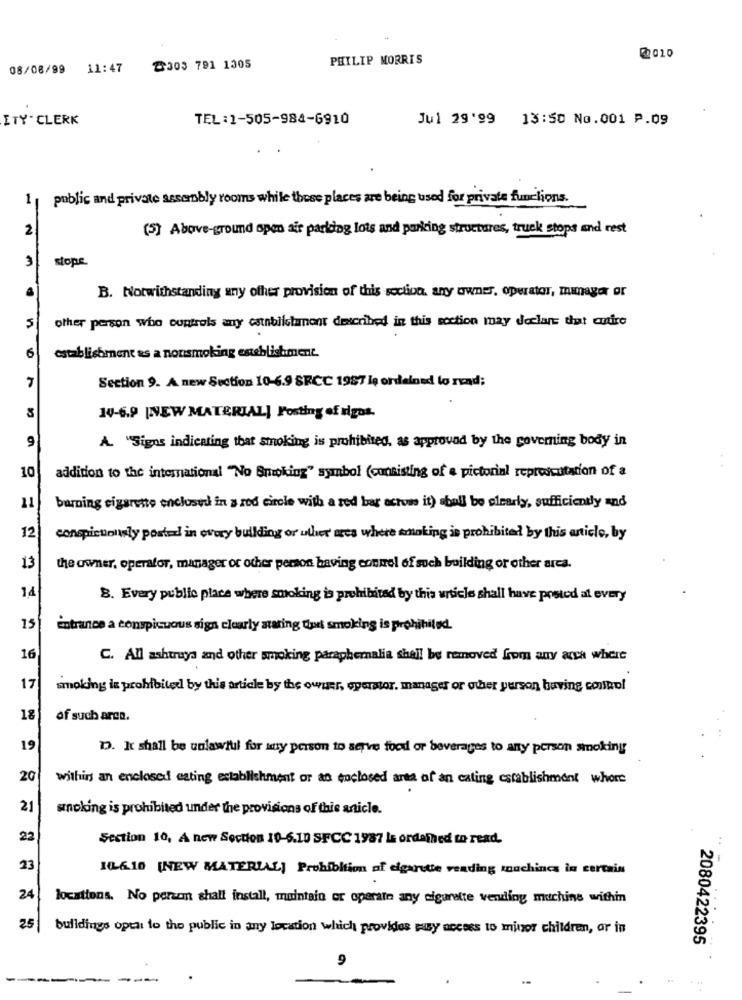
PHILIP MORRIS
08/08/99
11:47
Z303 791 1305
ITY - CLERK
TEL:1-505-984-6910
Jul 29'99 13:50 No.001 P.09
1 | public and private assembly rooms while these places are being used for private funclions.
2
(5) Above-ground span air parldag lots and parking structures, truck stops and rest
3
stope
B. Notwithstanding any other provision of this section. any owner, operator, manager or
5
other person who controls any establishment described in this section may declare that eutiro
establishment as a nonsmoking establishment.
6
Section 9. A new Section 10-6.9 SFCC 1987 le ordained lo rend;
14-6.9 [NEW MATERIAL] Posting of rigos.
9
A. "Signs indicating that smoking is prohibited, as approved by the governing body in
addition to the international "No Smoking" symbol (consisting of a pictorial reprodictation of a
10
11
burning cigarette enclosed in a red circle with a red bar across it) shall be clearly, sufficiently and
12
conspicuously posted in every building or uther' arcs where smoking is prohibited by this article, by
13
the owner, operator, manager or other person having control of such building or other arca.
14
8. Every public place where smoking is prohibited by this article shall have posted al every
15
entrance a conspicuous sign clearly staring duet smoking is prohibited.
16
C. All ashtrays and other smoking paraphernalia shall be removed from any arca where
17
smoking is prohibited by this article by the owner, operator, manager or other person having control
18
of such arco.
19
D. It shall be unlawful for muy person to serve food or beverages to any person smoking
20
within an enclosed eating establishment or an enclosed area of an cating establishment whore
21
smoking is prohibited under the provisions of this article.
22
Section 10, A new Section 19-6.10 SFCC 1987 Is ordained to read.
23
106.10 [NEW MATERIAL] Prohibition of cigarette vending machines in certain
24
locations. No perzem shall install, maintain er operate any eigurette vending machine within
25
buildings open to the public in my location which provides pusy access to minor children, or in
2080422395
9
. ..